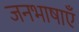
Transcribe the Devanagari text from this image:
जनभाषाएँ